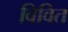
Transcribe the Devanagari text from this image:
विवित